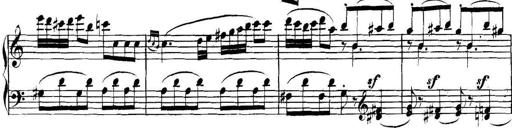
Title: Collected Piano Sonatas
Composer: Muzio Clementi